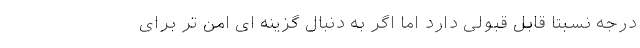
درجه نسبتا قابل قبولی دارد اما اگر به دنبال گزینه­ ای امن­ تر برای